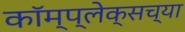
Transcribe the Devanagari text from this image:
कॉम्प्लेक्सच्या